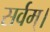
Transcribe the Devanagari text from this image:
सर्वम्।